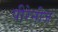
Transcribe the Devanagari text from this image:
पीरेनीज